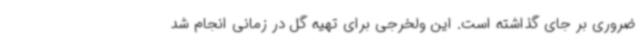
ضروری بر جای گذاشته است. این ولخرجی برای تهیه گل در زمانی انجام شد